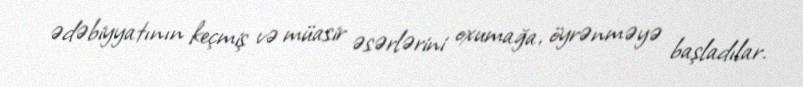
ədəbiyyatının keçmiş və müasir əsərlərini oxumağa, öyrənməyə başladılar.